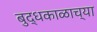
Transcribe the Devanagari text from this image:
बुद्धकाळाच्या